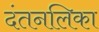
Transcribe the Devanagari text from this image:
दंतनलिका